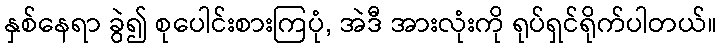
နှစ်နေရာ ခွဲ၍ စုပေါင်းစားကြပုံ, အဲဒီ အားလုံးကို ရုပ်ရှင်ရိုက်ပါတယ်။